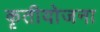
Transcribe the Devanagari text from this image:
कृतीयोजना